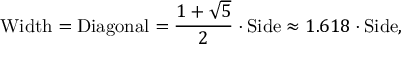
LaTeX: { \mathrm { W i d t h } } = { \mathrm { D i a g o n a l } } = { \frac { 1 + { \sqrt { 5 } } } { 2 } } \cdot { \mathrm { S i d e } } \approx 1 . 6 1 8 \cdot { \mathrm { S i d e } } ,